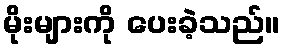
မိုးများကို ပေးခဲ့သည်။